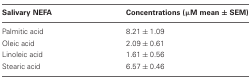
<table><thead><tr><td><b>Salivary NEFA</b></td><td><b>Concentrations (μM mean ± SEM)</b></td></tr></thead><tbody><tr><td>Palmitic acid</td><td>8.21 ± 1.09</td></tr><tr><td>Oleic acid</td><td>2.09 ± 0.61</td></tr><tr><td>Linoleic acid</td><td>1.61 ± 0.56</td></tr><tr><td>Stearic acid</td><td>6.57 ± 0.46</td></tr></tbody></table>